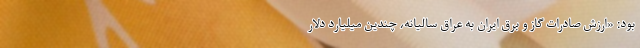
بود: «ارزش صادرات گاز و برق ایران به عراق سالیانه، چندین میلیارد دلار